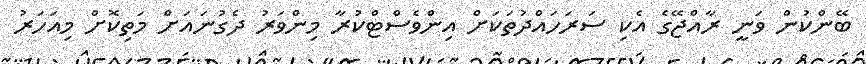
ބޭންކުން ވަނީ ރާއްޖޭގެ އެކި ސަރަހައްދުތަކަށް އިންވެސްޓްކުރާ މިންވަރު ދެގުނައަށް މަތިކޮށް މިއަހަރު